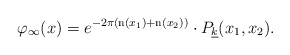
\begin{align*} \varphi_\infty(x) = e^{-2\pi( {\rm n}(x_1) + {\rm n}(x_2))} \cdot P_{\underline{k}}(x_1,x_2) . \end{align*}